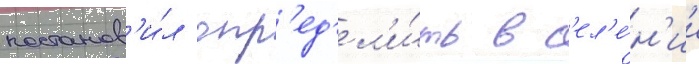
постанов'и́л опр'ед'ел'и́ть в с'ел'е́н'ии